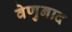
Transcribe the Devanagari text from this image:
वेणुनाद